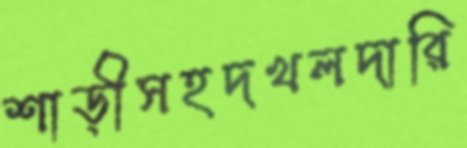
শাড়ীসহদখলদারি